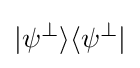
|\psi ^{\perp }\rangle \langle \psi ^{\perp }|